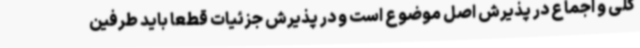
کلی و اجماع در پذیرش اصل موضوع است و در پذیرش جزئیات قطعاً باید طرفین